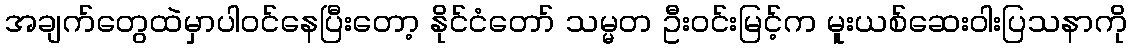
အချက်တွေထဲမှာပါဝင်နေပြီးတော့ နိုင်ငံတော် သမ္မတ ဦးဝင်းမြင့်က မူးယစ်ဆေးဝါးပြသနာကို